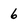
Character: 6